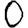
Digit: 0